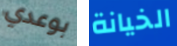
بوعدي الخيانة